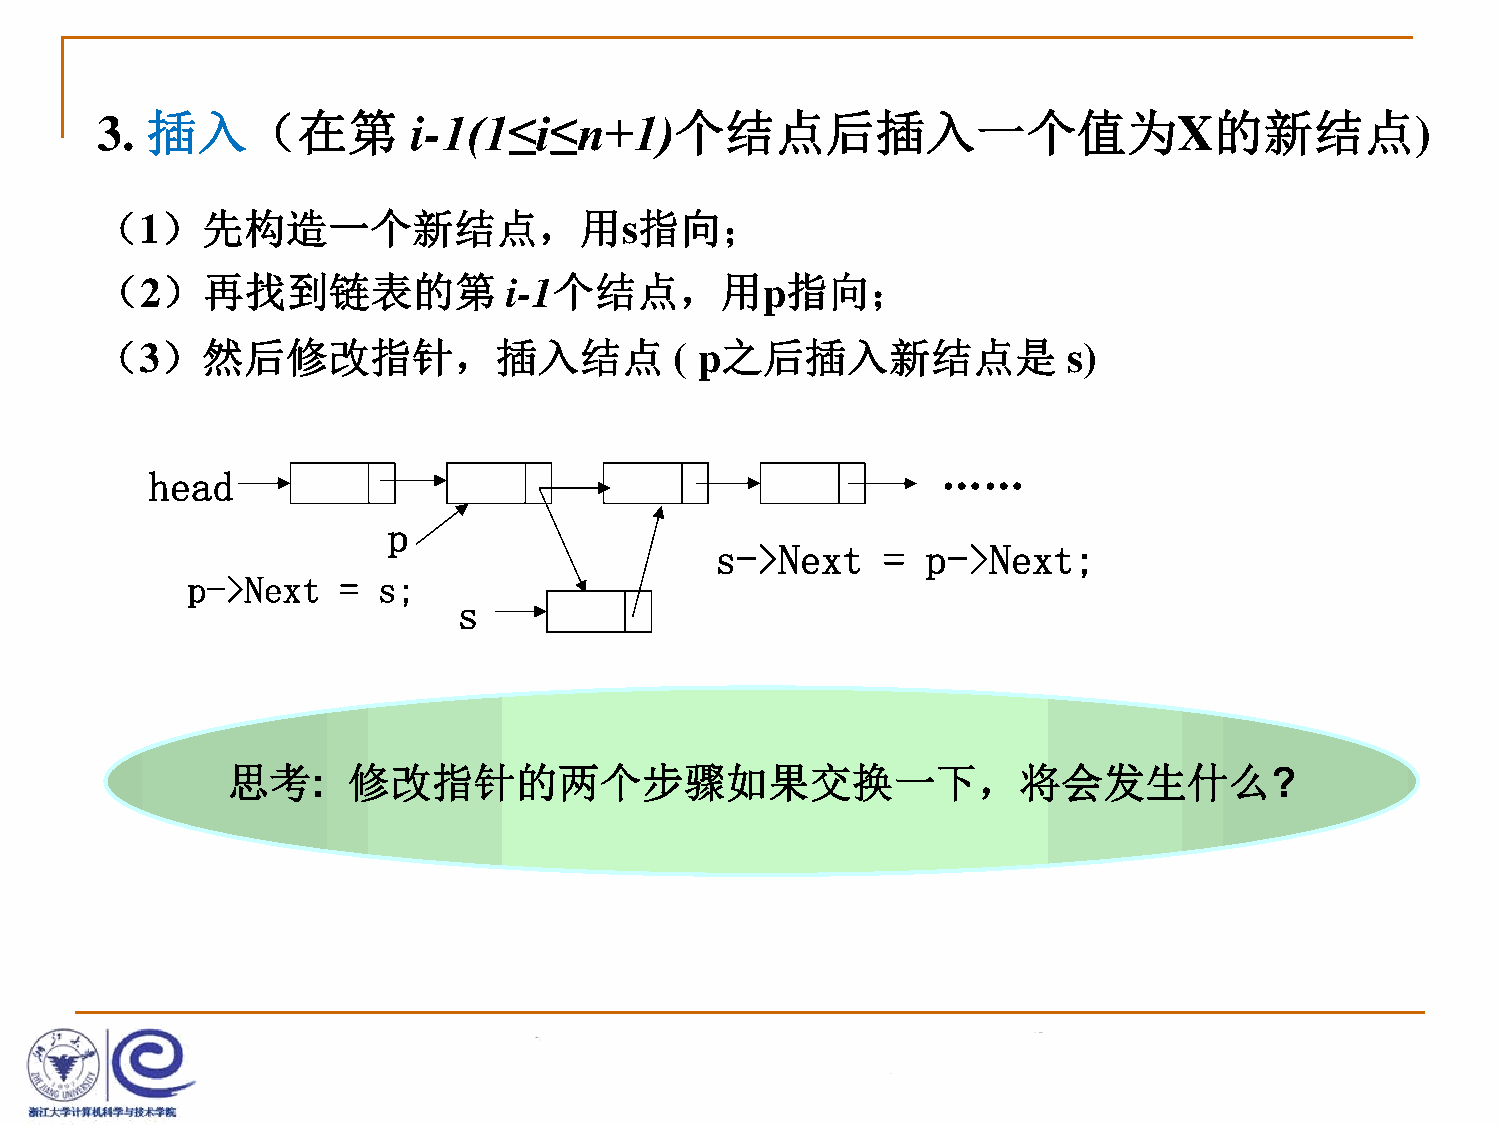
3.  插入（在第            i-1(1≤i≤n+1)个结点后插入一个值为X的新结点)
 （1）先构造一个新结点，用s指向；
 （2）再找到链表的第                  i-1个结点，用p指向；
 （3）然后修改指针，插入结点                         ( p之后插入新结点是               s)
 head                                                ……
 p
 s->Next    =  p->Next;
 p->Next   =  s;
 s
 思考:     修改指针的两个步骤如果交换一下，将会发生什么?